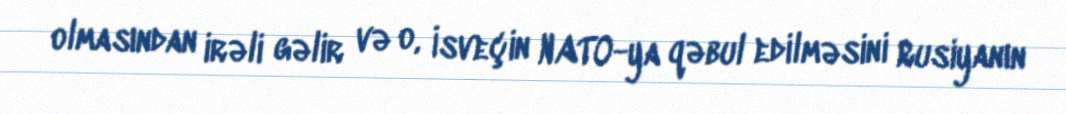
olmasından irəli gəlir və o, İsveçin NATO-ya qəbul edilməsini Rusiyanın